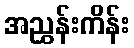
အညွှန်းကိန်း